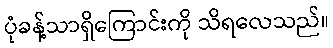
ပုံခန့်သာရှိကြောင်းကို သိရလေသည်။